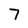
Character: 7